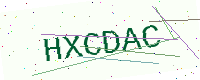
Text: HXCDAC